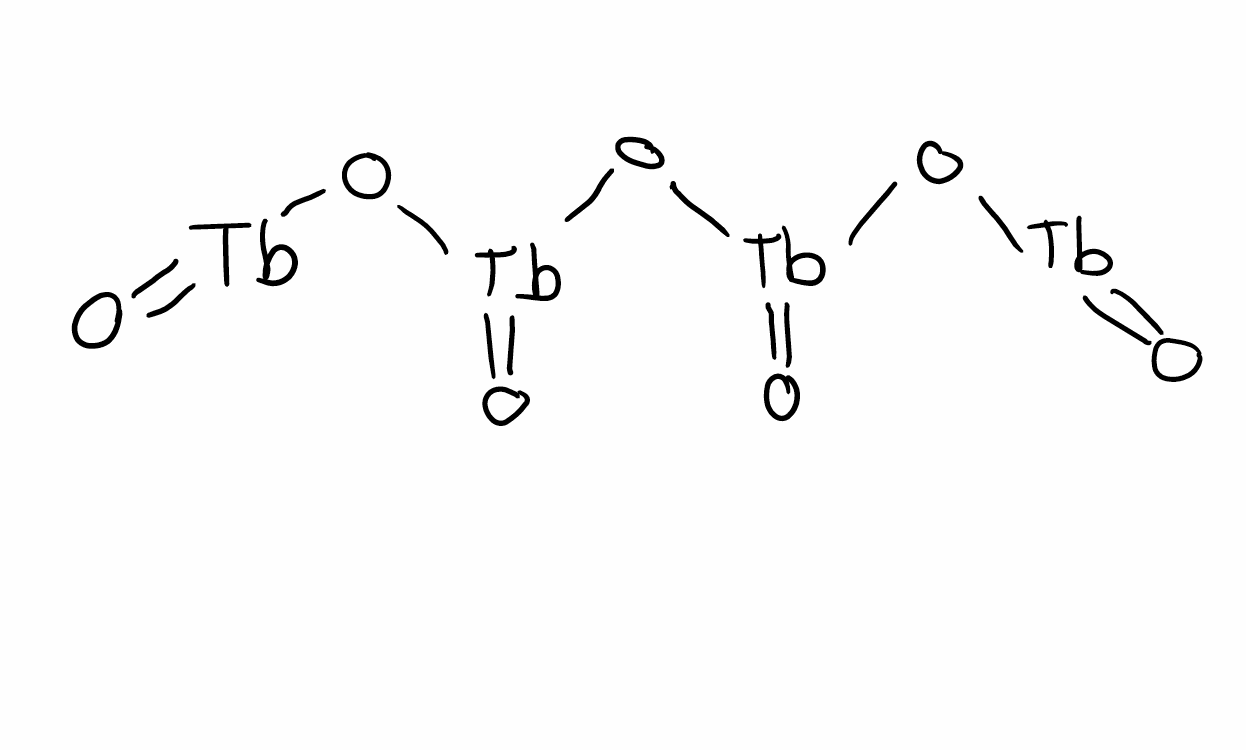
Simplified molecular-input line-entry system (SMILES) notation of the given molecule:
O=[Tb]O[Tb](=O)O[Tb](=O)O[Tb]=O